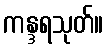
ကန္ဒရသုတ်။